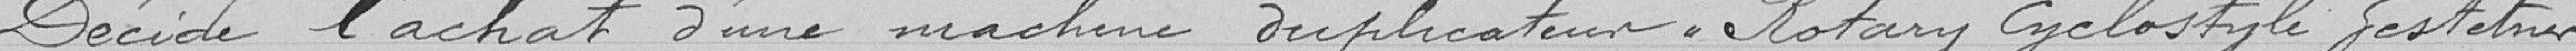
Décide l'achat d'une machine duplicateur. Rotary Cyclostyle Gestctner.